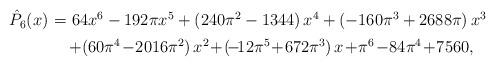
LaTeX: \begin{align*}\begin{array}{rcl}\hat{P}_6(x)\!\!&\!=\!&\!\! 64 x^6-192\pi x^5+\left(240\pi^2-1344 \right) x^4+\left(-160\pi^3+2688\pi \right) x^3\\ [1.0 ex]\!\!&\! \!&\!\! \!+\!\left(60\pi^4\!-\!2016\pi^2\right)x^2\!+\!\left(\!-\!12\pi^5\!+\!672\pi^3\right)x\!+\!\pi^6\!-\!84\pi^4\!+\!7560,\end{array}\end{align*}